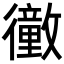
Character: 𢖜